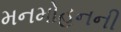
મનમોહનની